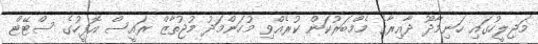
މަޖިލީހުގައި ހަނިމާދޫ ދާއިރާގެ މެމްބަރުކަން ކުރެއްވި މުހަންމަދު މުޖުތާޒް ރައީސް އޮފީހުގެ ސްޓޭޓް